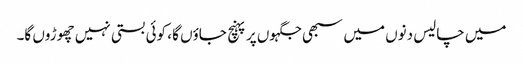
میں چالیس دنوں میں سبھی جگہوں پر پہنچ جاؤں گا ، کوئی بستی نہیں چھوڑوں گا۔